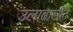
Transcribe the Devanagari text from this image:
उलाढालीत